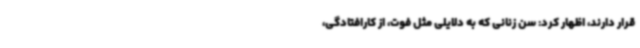
قرار دارند، اظهار کرد: سن زنانی که به دلایلی مثل فوت، از کارافتادگی،